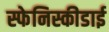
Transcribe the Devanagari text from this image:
स्फेनिस्कीडाई